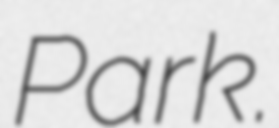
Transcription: Park.